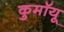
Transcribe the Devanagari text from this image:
कुमॉयू